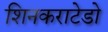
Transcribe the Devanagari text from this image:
शिनकराटेडो